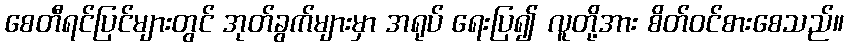
စေတီရင်ပြင်များတွင် အုတ်ခွက်များမှာ အရုပ် ရေးပြ၍ လူတို့အား စိတ်ဝင်စားစေသည်။